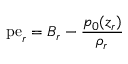
\mathrm { p e } _ { r } = { \cal B } _ { r } - \frac { p _ { 0 } ( z _ { r } ) } { \rho _ { r } }